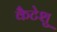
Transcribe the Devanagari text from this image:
कैटेशु